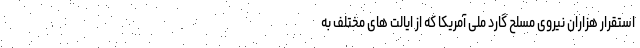
استقرار هزاران نیروی مسلح گارد ملی آمریکا که از ایالت های مختلف به